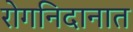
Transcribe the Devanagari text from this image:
रोगनिदानात